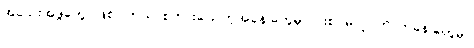
အသေးအဖွဲတွေပဲဖြစ်ပါတယ်၊ စကားပြောတဲ့အခန်းတွေမှာ ပါးစပ်မလှုပ်တာကနေ တွေမှာ